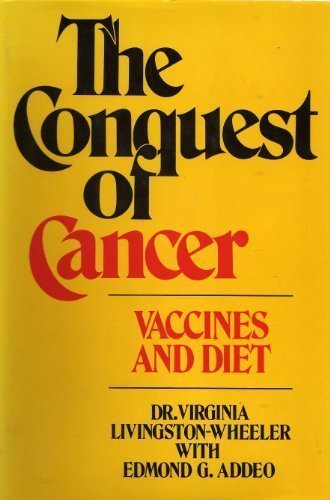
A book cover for Conquest of Cancer; Virginia Livingston Wheeler; Health, Fitness & Dieting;